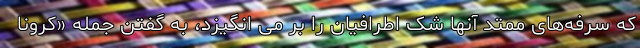
که سرفه‌های ممتد آنها شک اطرافیان را بر می انگیزد، به گفتن جمله «کرونا